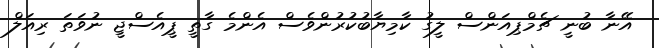
އޭނާ ބުނީ ޗެމްޕިއަންސް ލީގު ކާމިޔާބުކުރުންވެސް އެންމެ ގާތީ ޕީއެސްޖީ ނުވަތަ ރިއަލް